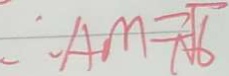
\therefore A M = \sqrt { 6 }